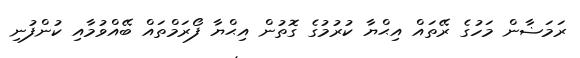
ރަމަޟާން މަހުގެ ރޭތައް އިޙްޔާ ކުރުމުގެ ގޮތުން އިޙްޔާ ފޯރަމްތައް ބޭއްވުމާއި ކުންފުނި